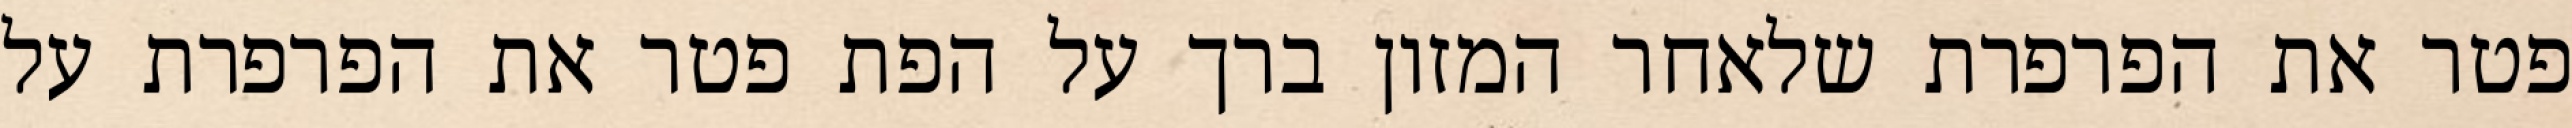
פטר את הפרפרת שלאחר המזון ברך על הפת פטר את הפרפרת על